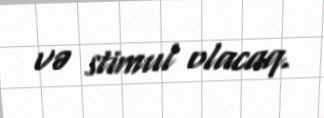
və stimul olacaq.